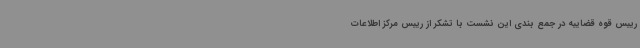
رییس قوه قضاییه در جمع بندی این نشست با تشکر از رییس مرکز اطلاعات